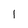
Character: I